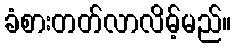
ခံစားတတ်လာလိမ့်မည်။